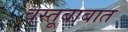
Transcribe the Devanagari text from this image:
वस्तूबाबात